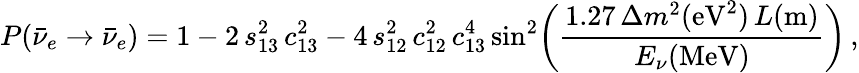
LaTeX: P(\bar{\nu}_{e}\rightarrow\bar{\nu}_{e})=1-2\, s_{13}^{2}\, c_{13}^{2}-4\, s_{12}^{2}\, c_{12}^{2}\, c_{13}^{4}\, \mathrm{{sin}^{2}}\bigg({\frac{1.27\, \Delta m^{2}({\mathrm{eV}^{2}})\, L(\mathrm{{m}})}{E_{\nu}({\mathrm{MeV}})}}\bigg)\, ,